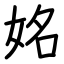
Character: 姳